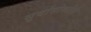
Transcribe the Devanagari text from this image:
सूर्याभोवतीही